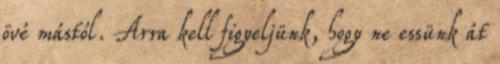
övé mástól. Arra kell figyeljünk, hogy ne essünk át